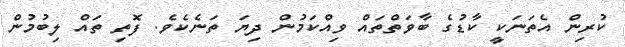
ކުރިން އެތަނަކީ ކާޑުގެ ބާވަތްތައް ވިއްކަމުން ދިޔަ ތަނެކެވެ. ފޮތި ތައް ލިބުމުން